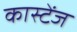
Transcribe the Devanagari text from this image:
कास्टेंज